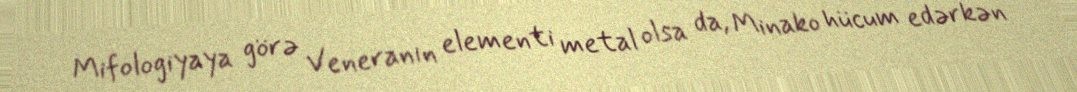
Mifologiyaya görə Veneranın elementi metal olsa da, Minako hücum edərkən